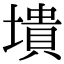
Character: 墤